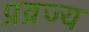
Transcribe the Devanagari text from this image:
प्रव्रज्य